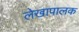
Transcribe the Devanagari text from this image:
लेखापालक